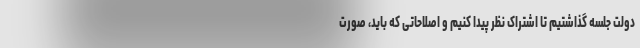
دولت جلسه گذاشتیم تا اشتراک نظر پیدا کنیم و اصلاحاتی که باید، صورت